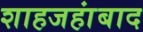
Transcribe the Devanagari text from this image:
शाहजहांबाद